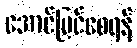
အောင်မြင်စေရန်